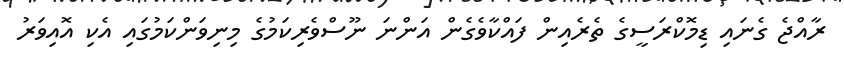
ރާއްޖެ ގެނައި ޑިމޮކްރަސީގެ ތެރެއިން ފައްކާވެގެން އަންނަ ނޫސްވެރިކަމުގެ މިނިވަންކަމުގައި އެކި އޮއިވަރު